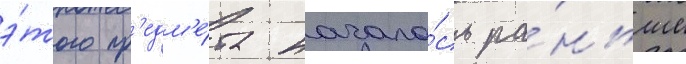
э́того пр'едм'е́та начало́сь ра́ньше